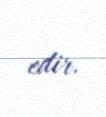
edir.